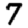
Digit: 7